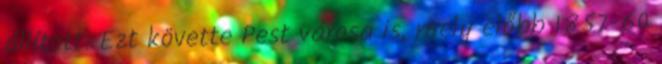
állított. Ezt követte Pest városa is, mely előbb 1857-60